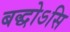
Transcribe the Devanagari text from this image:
बद्धोऽसि